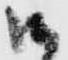
御